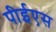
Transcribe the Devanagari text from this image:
पीईएस